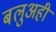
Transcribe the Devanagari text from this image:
बलुअही